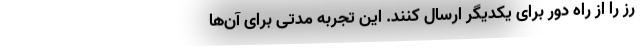
رز را از راه دور برای یکدیگر ارسال کنند. این تجربه مدتی برای آن‌ها